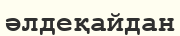
әлдеқайдан